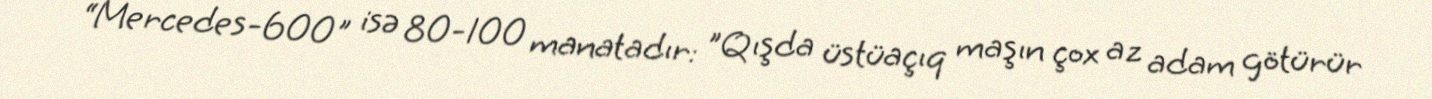
“Mercedes-600" isə 80-100 manatadır: ”Qışda üstüaçıq maşın çox az adam götürür